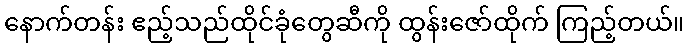
နောက်တန်း ဧည့်သည်ထိုင်ခုံတွေဆီကို ထွန်းဇော်ထိုက် ကြည့်တယ်။